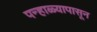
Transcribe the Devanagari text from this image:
पन्हाळ्यापासून